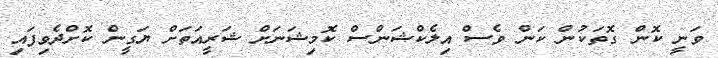
ވަނީ ކޮން ގޮތަކުން ކަން ވެސް އިލެކްޝަންސް ކޮމިޝަނަށް ޝަރީއަތަށް ޔަގީން ކޮށްދެވިފައި